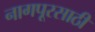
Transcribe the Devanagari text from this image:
नागपूरसाठी